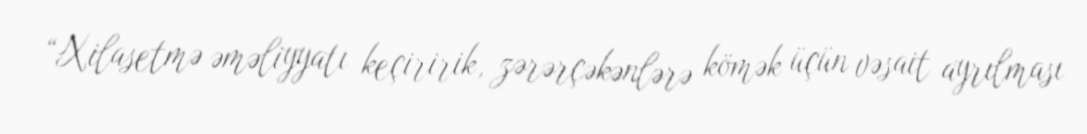
“Xilasetmə əməliyyatı keçiririk, zərərçəkənlərə kömək üçün vəsait ayrılması